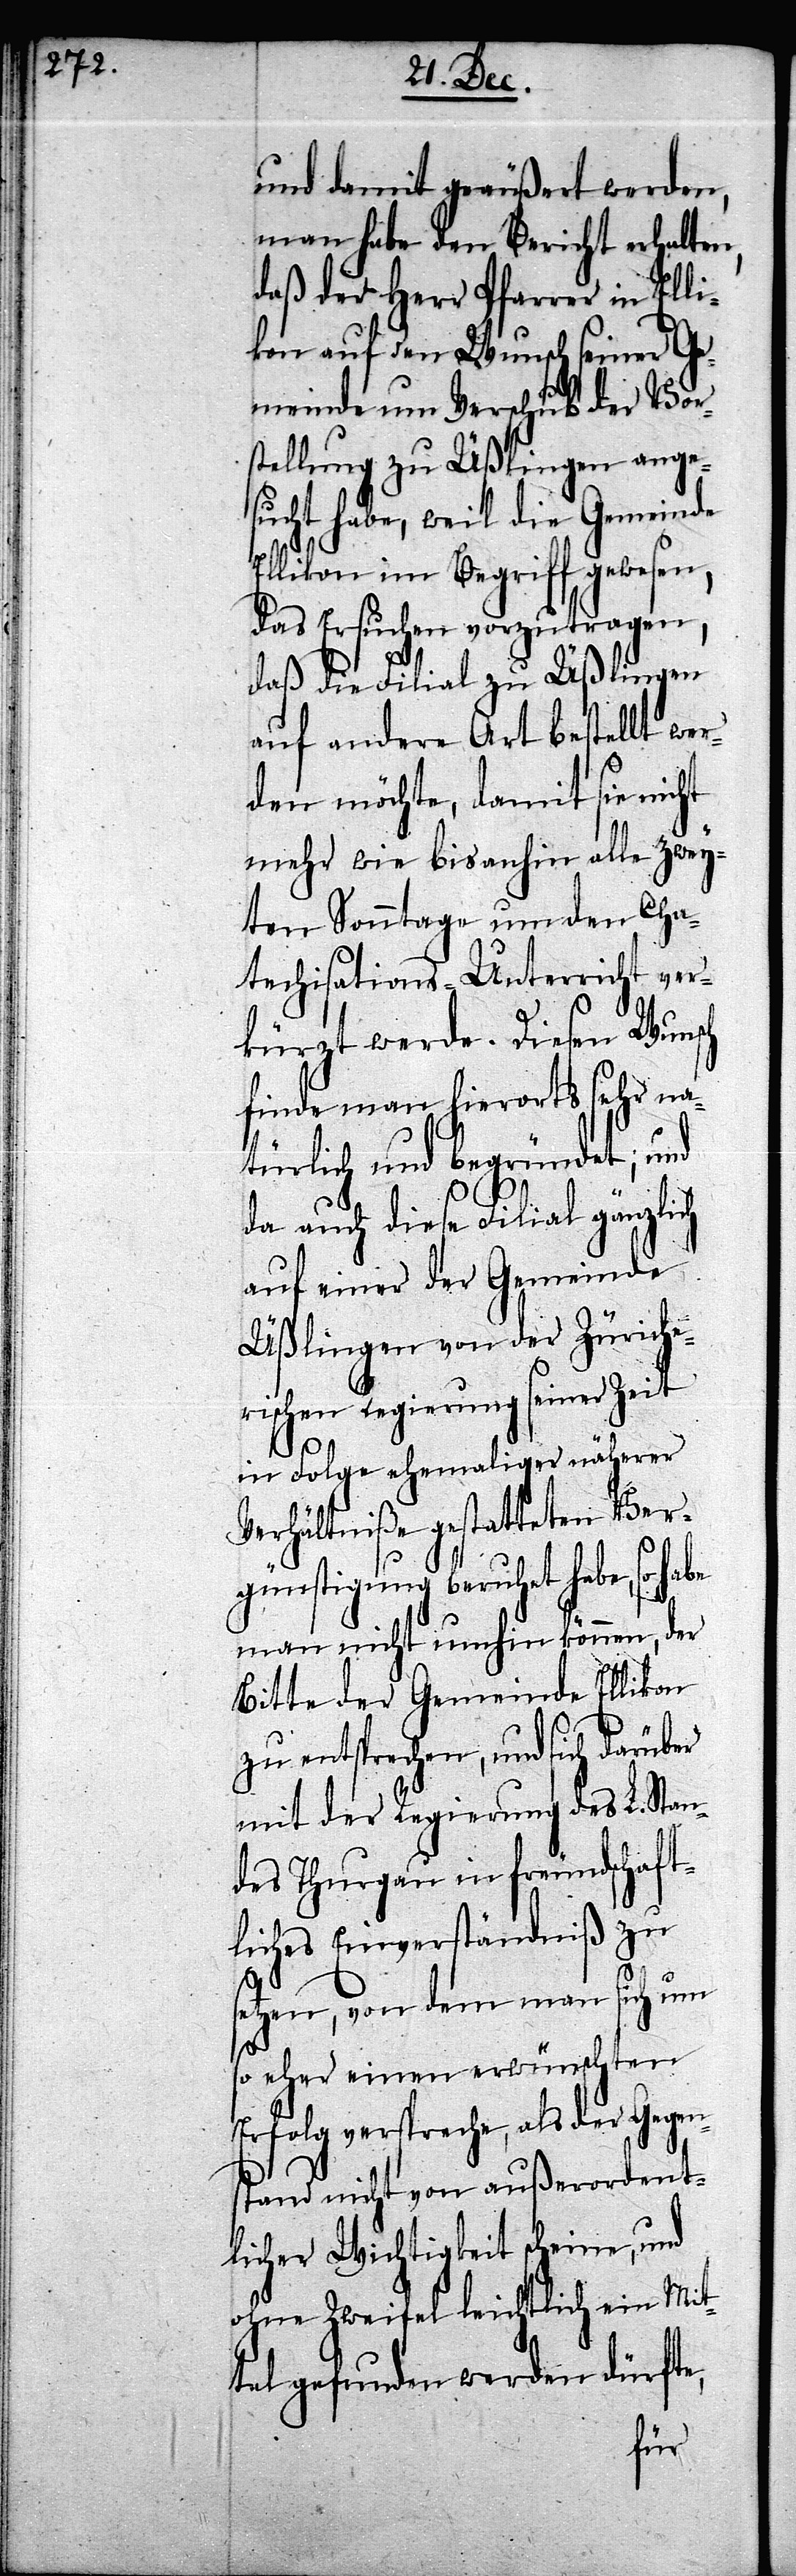
und damit geäußert werden,
man habe den Bericht erhalten,
daß der Herr Pfarrer in Ell¬
ikon auf den Wunsch seiner Ge¬
meinde um Verschub der Vor¬
stellung zu Üßlingen ange¬
sucht habe, weil die Gemeinde
Ellikon im Begriff gewesen,
das Ersuchen vorzutragen,
daß die Filial zu Üßlingen
auf andere Art bestellt wer¬
den möchte, damit sie nicht
mehr wie bis anhin alle zwey¬
ten Sonntage um den Cha¬
techisations-Unterricht ver¬
kürzt werde. Diesen Wunsch
finde man hierorts sehr na¬
türlich und begründet; und
da auch diese Filial gänzlich
auf einer Gemeinde
Üßlingen von der Züriche¬
rischen Regierung seiner Zeit
in Folge ehemaliger näherer
Verhältniße gestatteten Ver¬
günstigung beruhet habe, so habe
man nicht umhin können, der
Bitte der Gemeinde Ellikon
zu entsprechen, und sich darüber
mit der Regierung des L. Stan¬
des Thurgau in freundschaft¬
liches Einverständniß zu
setzen, von dem man sich um
so eher einen erwünschten
Erfolg verspreche, als der Gegen¬
stand nicht von außerordent¬
licher Wichtigkeit scheine, und
ohne Zweifel leichtlich ein Mit¬
tel gefunden werden dürfte,